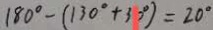
1 8 0 ^ { \circ } - ( 1 3 0 ^ { \circ } + 3 0 ^ { \circ } ) = 2 0 ^ { \circ }